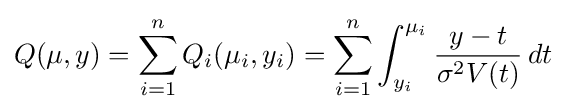
Q(\mu ,y)=\sum _{i=1}^{n}Q_{i}(\mu _{i},y_{i})=\sum _{i=1}^{n}\int _{y_{i}}^{\mu _{i}}{\frac {y-t}{\sigma ^{2}V(t)}}\,dt